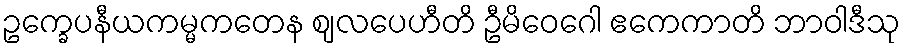
ဥက္ခေပနီယကမ္မကတေန ဈလပေဟီတိ ဦမိဝေဂေါ ဧကေကာတိ ဘာဝါဒီသု